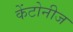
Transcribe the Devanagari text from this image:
केंटोनीज